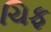
ચિફ